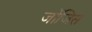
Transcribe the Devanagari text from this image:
जोंजिस